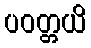
ပဝတ္တယိ